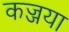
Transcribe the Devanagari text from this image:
कज्जया